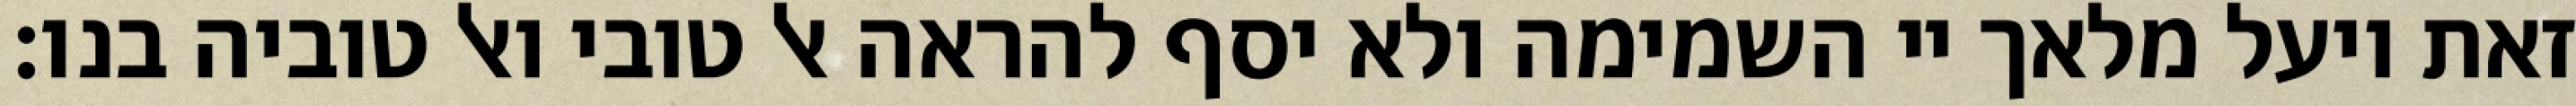
זאת ויעל מלאך יי השמימה ולא יסף להראה אל טובי ואל טוביה בנו: